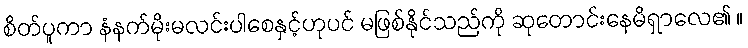
စိတ်ပူကာ နံနက်မိုးမလင်းပါစေနှင့်ဟုပင် မဖြစ်နိုင်သည်ကို ဆုတောင်းနေမိရှာလေ၏ ။